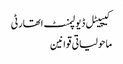
کیپیٹل ڈیولپمنٹ اتھارٹی
ماحولیاتی قوانین